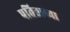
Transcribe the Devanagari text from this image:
पतिताच्या